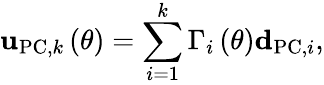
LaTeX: {\mathbf u}_{\mathrm{PC},k}\left(\theta\right)=\sum_{i=1}^{k}\Gamma_{i}\left(\theta\right){\mathbf d}_{\mathrm{PC},i},